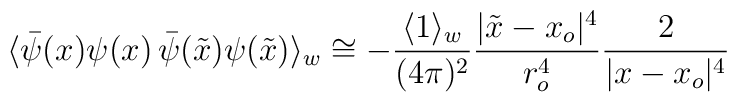
\langle\bar{\psi}(x)\psi(x)\,\bar{\psi}(\tilde{x})\psi(\tilde{x})\rangle_w \cong -{\langle1\rangle_w \over(4\pi)^2}{\vert\tilde{x}-x_o \vert^4 \over r^4_o}{ 2\over \vert x-x_o\vert^4}